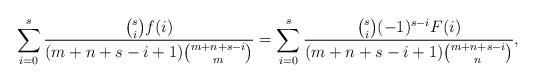
LaTeX: \begin{align*} \sum_{i=0}^{s}\frac{{s\choose i} f(i)}{(m+n+s-i+1){m+n+s-i\choose m}}=\sum_{i=0}^{s}\frac{{s\choose i} (-1)^{s-i}F(i)}{(m+n+s-i+1){m+n+s-i\choose n}},\end{align*}